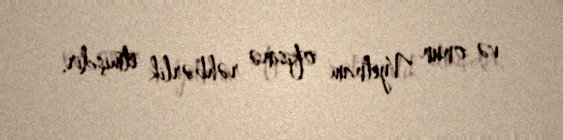
və onun Vyetnam ofisinə rəhbərlik etmişdir.